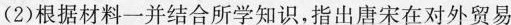
(2)根据材料一并结合所学知识，指出唐宋在对外贸易